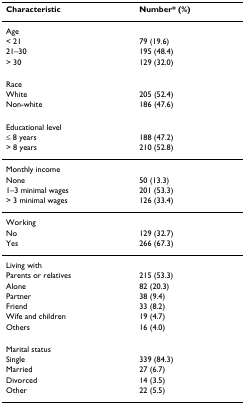
<table><thead><tr><td><b>Characteristic</b></td><td><b>Number* (%)</b></td></tr></thead><tbody><tr><td>Age</td><td></td></tr><tr><td>&lt; 21</td><td>79 (19.6)</td></tr><tr><td>21–30</td><td>195 (48.4)</td></tr><tr><td>&gt; 30</td><td>129 (32.0)</td></tr><tr><td>Race</td><td></td></tr><tr><td>White</td><td>205 (52.4)</td></tr><tr><td>Non-white</td><td>186 (47.6)</td></tr><tr><td>Educational level</td><td></td></tr><tr><td>≤ 8 years</td><td>188 (47.2)</td></tr><tr><td>&gt; 8 years</td><td>210 (52.8)</td></tr><tr><td>Monthly income</td><td></td></tr><tr><td>None</td><td>50 (13.3)</td></tr><tr><td>1–3 minimal wages</td><td>201 (53.3)</td></tr><tr><td>&gt; 3 minimal wages</td><td>126 (33.4)</td></tr><tr><td>Working</td><td></td></tr><tr><td>No</td><td>129 (32.7)</td></tr><tr><td>Yes</td><td>266 (67.3)</td></tr><tr><td>Living with</td><td></td></tr><tr><td>Parents or relatives</td><td>215 (53.3)</td></tr><tr><td>Alone</td><td>82 (20.3)</td></tr><tr><td>Partner</td><td>38 (9.4)</td></tr><tr><td>Friend</td><td>33 (8.2)</td></tr><tr><td>Wife and children</td><td>19 (4.7)</td></tr><tr><td>Others</td><td>16 (4.0)</td></tr><tr><td>Marital status</td><td></td></tr><tr><td>Single</td><td>339 (84.3)</td></tr><tr><td>Married</td><td>27 (6.7)</td></tr><tr><td>Divorced</td><td>14 (3.5)</td></tr><tr><td>Other</td><td>22 (5.5)</td></tr></tbody></table>